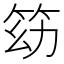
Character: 𥬓